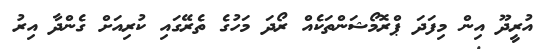
އުރީދޫ އިން މިފަދަ ޕްރޮމޯޝަންތަކެއް ރޯދަ މަހުގެ ތެރޭގައި ކުރިއަށް ގެންދާ އިރު